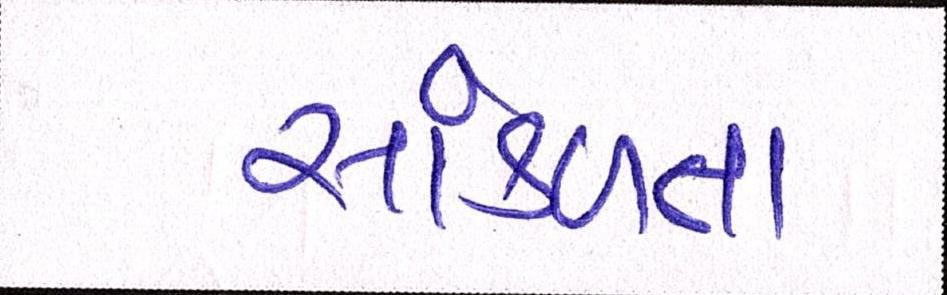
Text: સાંકળતા